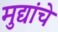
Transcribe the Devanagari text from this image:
मुद्यांचे